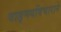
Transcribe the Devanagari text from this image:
वाङ्मयविचाराने